Report on sanitation, dispensaries, and jails in Rajputana for 1911, and on vaccination for the year 1911-1912 - 1911-1912
Year: 1911
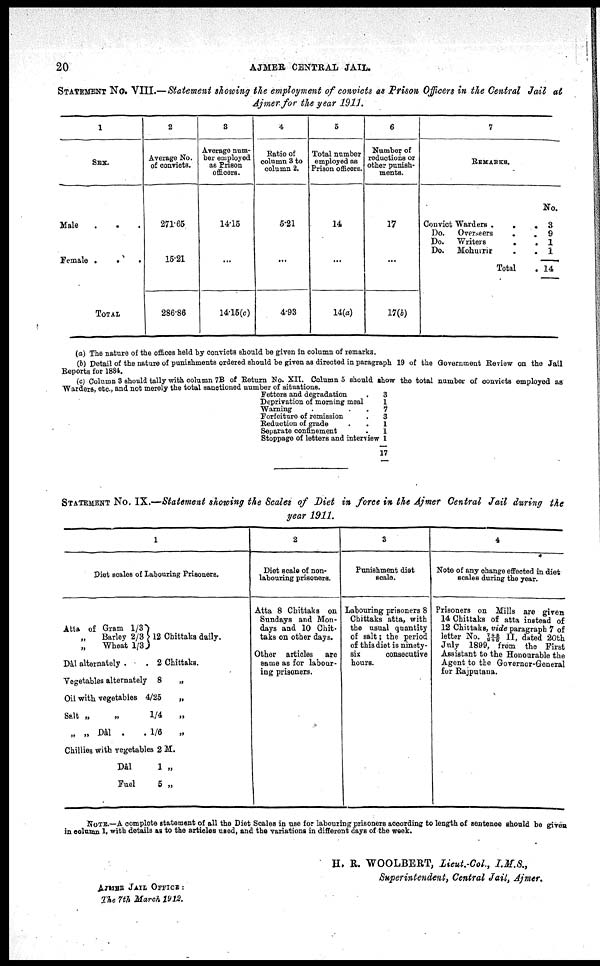
20
AJMER CENTRAL JAIL.
STATEMENT No. VIII.—Statement showing the employment of convicts as Prison Officers in the Central Jail at
Ajmer for the year 1911.
1
SEX.
Male . . .
Female .
.
.
TOTAL
2
Average No.
of convicts.
271.65
15.21
286.86
3
Average num-
ber employed
as Prison
officers.
14.15
...
14.15(c)
4
Ratio of
column 3 to
column 2.
5.21
...
4.93
5
Total number
employed as
Prison officers.
14
...
14(a)
6
Number of
reductions or
other punish-
ments.
17
...
17(b)
7
REMARKS.
Convict Warders .
.
.
Do.
Overseers
.
.
Do.
Writers
.
.
Do.
Mohurrir . .
Total .
No.
3
9
1
1
14
(a) The nature of the offices held by convicts should be given in column of remarks.
(b) Detail of the nature of punishments ordered should be given as directed in paragraph 19 of the Government Review on the Jail
Reports for 1884.
(c) Column 3 should tally with column 7B of Return No. XII. Column 5 should show the total number of convicts employed as
Warders, etc., and not merely the total sanctioned number of situations.
Fetters and degradation .
Deprivation of morning meal
Warning
.
.
.
Forfeiture of remission .
Reduction of grade
.
.
Separate confinement .
Stoppage of letters and interview
3
1
7
3
1
1
1
17
STATEMENT No. IX.—Statement showing the Scales of Diet in force in the Ajmer Central Jail during the
year 1911.
1
Diet scales of labouring Prisoners.
Atta of Gram 1/3)
„ Barley 2/3
„
Wheat 1/3
Dâl alternately . .
12 Chittaks daily.
2 Chittaks.
Vegetables alternately 8
„
Oil with vegetables 4/25
„
Salt „
„
1/4
„
„ „ Dâl .
. 1/6
„
Chillies with vegetables 2 M.
Dâl
1 „
Fuel
5 „
2
Diet scale of non¬
labouring prisoners.
Atta 8 Chittaks on
Sundays and Mon-
days and 10 Chit¬
taks on other days.
Other articles are
same as for labour-
ing prisoners.
3
Punishment diet
scale.
Labouring prisoners 8
Chittaks atta, with
the usual quantity
of salt; the period
of this diet is ninety¬
six
consecutive
hours.
4
Note of any change effected in diet
scales during the year.
Prisoners on Mills are given
14 Chittaks of atta instead of
12 Chittaks, vide paragraph 7 of
letter No. 745/248 II, dated 20th
July 1899, from the First
Assistant to the Honourable the
Agent to the Governor-General
for Rajputana.
NOTE.—A complete statement of all the Diet Scales in use for labouring prisoners according to length of sentence should be given
in column 1, with details as to the articles used, and the variations in different days of the week.
H. R. WOOLBERT, Lieut.-Col., I.M.S.,
Superintendent, Central Jail, Ajmer.
AJMER JAIL OFFICE :
The 7th March 1912.